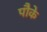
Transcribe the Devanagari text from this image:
पौके